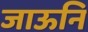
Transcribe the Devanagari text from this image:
जाऊनि